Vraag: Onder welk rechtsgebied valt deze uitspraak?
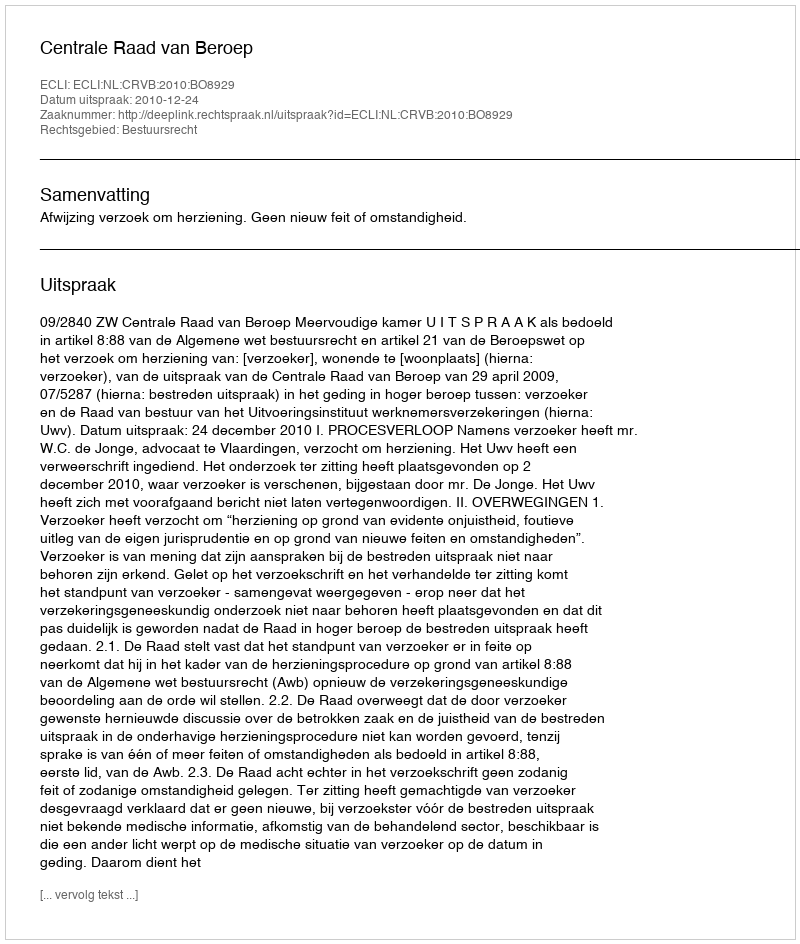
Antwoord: Bestuursrecht